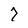
Character: 7